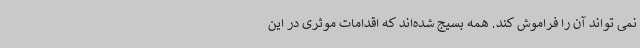
نمی تواند آن را فراموش کند. همه بسیج شده‌اند که اقدامات موثری در این